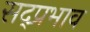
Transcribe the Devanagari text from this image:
सद्प्रभाव